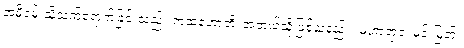
အမိဝမ်းသို့သက်ရောက်ခြင်းသည်။ ကထံဟောတိ၊ အဘယ်သို့ဖြစ်သနည်း။ မဟာရာဇ၊ မင်းမြတ်။